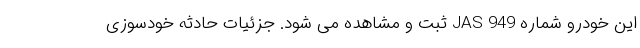
این خودرو شماره JAS 949 ثبت و مشاهده می شود. جزئیات حادثه خودسوزی